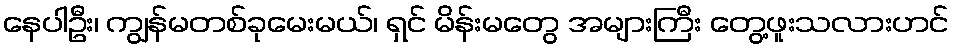
နေပါဦး၊ ကျွန်မတစ်ခုမေးမယ်၊ ရှင် မိန်းမတွေ အများကြီး တွေ့ဖူးသလားဟင်